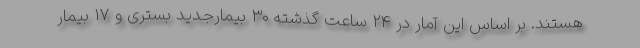
هستند. بر اساس این آمار در ۲۴ ساعت گذشته ۳۰ بیمارجدید بستری و ۱۷ بیمار